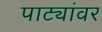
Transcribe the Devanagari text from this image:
पाट्यांवर